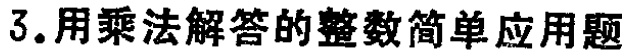
3.用乘法解答的整数简单应用题